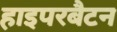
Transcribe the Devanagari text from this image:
हाइपरबैटन